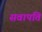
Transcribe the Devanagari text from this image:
सवापति